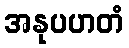
အနုပဟတံ